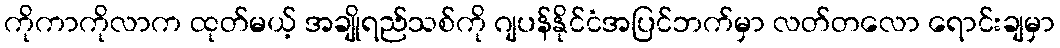
ကိုကာကိုလာက ထုတ်မယ့် အချိုရည်သစ်ကို ဂျပန်နိုင်ငံအပြင်ဘက်မှာ လတ်တလော ရောင်းချမှာ